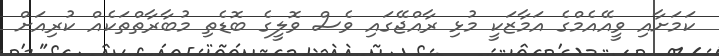
ކަމަށާއި ވީއޭއެމްގެ އަމާޒަކީ މުޅި ރާއްޖޭގައި ވެސް ވޮލީގެ ބޮޑެތި މުބާރާތްތަކެއް ކުރިއަށް